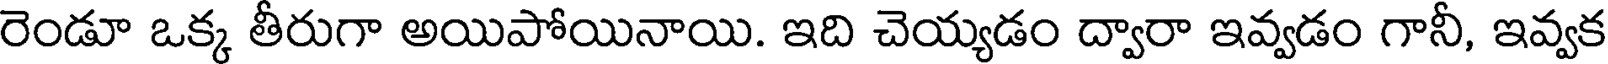
రెండూ ఒక్క తీరుగా అయిపోయినాయి. ఇది చెయ్యడం ద్వారా ఇవ్వడం గానీ, ఇవ్వక